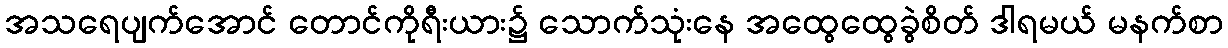
အသရေပျက်အောင် တောင်ကိုရီးယား၌ သောက်သုံးနေ အထွေထွေခွဲစိတ် ဒါရမယ် မနက်စာ